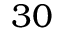
3 0